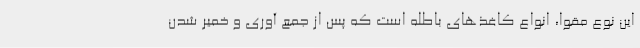
این نوع مقوا، انواع کاغذهای باطله است که پس از جمع آوری و خمیر شدن